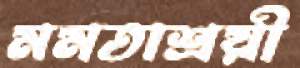
মমতাশ্রয়ী